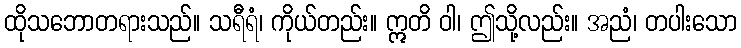
ထိုသဘောတရားသည်။ သရီရံ၊ ကိုယ်တည်း။ ဣတိ ဝါ၊ ဤသို့လည်း။ အညံ၊ တပါးသော